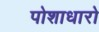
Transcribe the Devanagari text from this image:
पोशाधारो